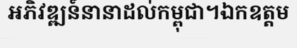
អភិវឌ្ឍន៍នានាដល់កម្ពុជា។ឯកឧត្តម